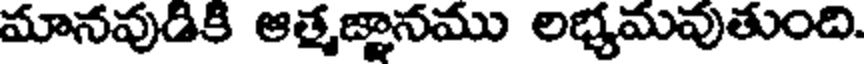
మానవుడికి ఆత్మజ్ఞానము లభ్యమవుతుంది.